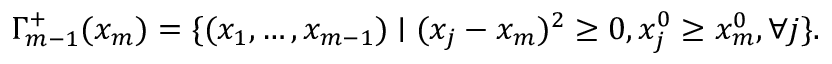
\Gamma _ { m - 1 } ^ { + } ( x _ { m } ) = \{ ( x _ { 1 } , \ldots , x _ { m - 1 } ) \mid ( x _ { j } - x _ { m } ) ^ { 2 } \ge 0 , x _ { j } ^ { 0 } \ge x _ { m } ^ { 0 } , \forall j \} .